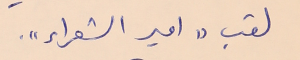
لقب "امير الشعراء".